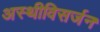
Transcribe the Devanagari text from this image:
अस्थीविसर्जन